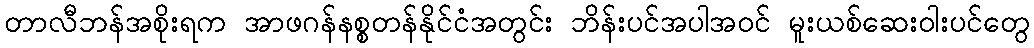
တာလီဘန်အစိုးရက အာဖဂန်နစ္စတန်နိုင်ငံအတွင်း ဘိန်းပင်အပါအဝင် မူးယစ်ဆေးဝါးပင်တွေ